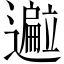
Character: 𬩢